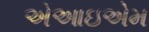
એઆઇએમ